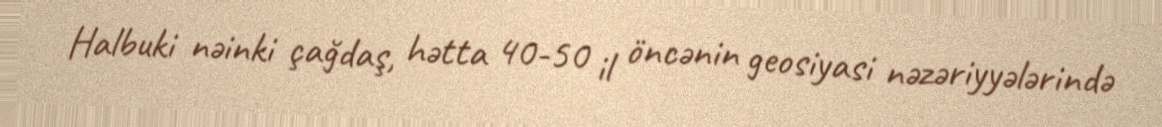
Halbuki nəinki çağdaş, hətta 40-50 il öncənin geosiyasi nəzəriyyələrində